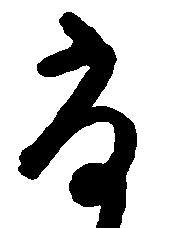
尚